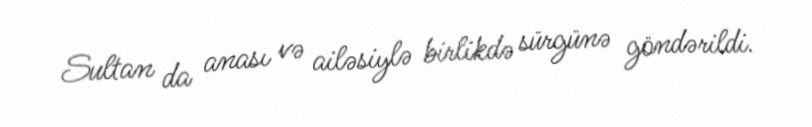
Sultan da anası və ailəsiylə birlikdə sürgünə göndərildi.